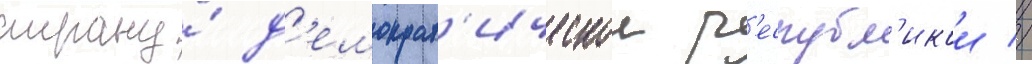
страну́ д'емократ'ическои р'еспубл'икои //